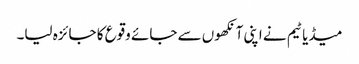
میڈیا ٹیم نے اپنی آنکھوں سے جائے وقوع کا جائزہ لیا۔